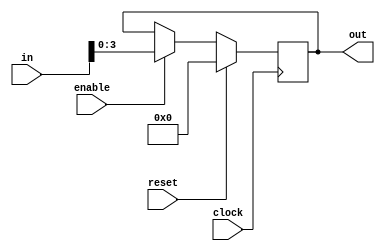
module mar(
	input wire [7:0] in,
	input wire clock,
	input wire reset,
	input wire enable,
	output reg [3:0] out
);

initial out <= 4'b0000;

always @(posedge clock) begin
	if (reset)
		out <= 4'b0000;
	else if (enable)
		out <= in[3:0];
end

endmodule